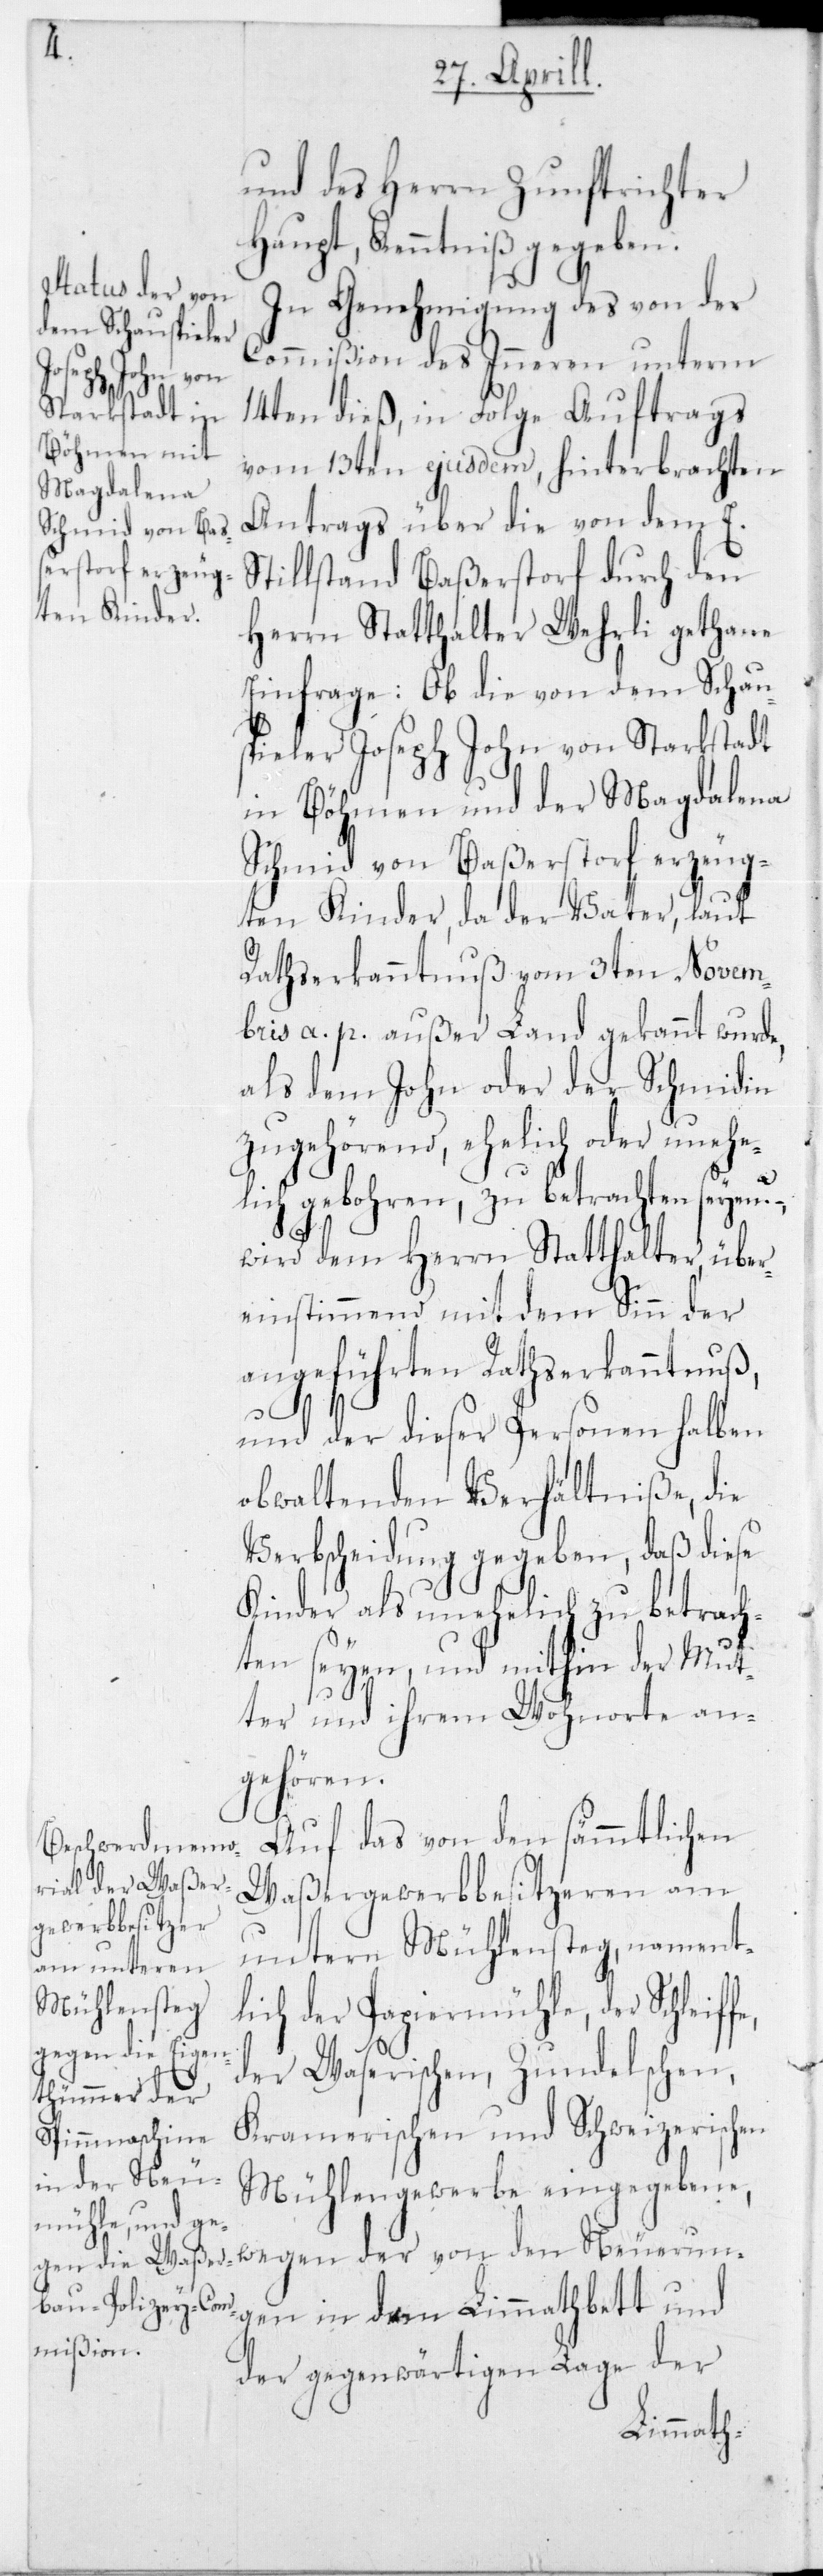
und des Herrn Zunftrichter
Haupt, Kenntniß gegeben.
In Genehmigung des von der
Commißion des Inneren unterm
14ten dieß, in Folge Auftrags
vom 13ten ejusdem, hinterbrachten
Antrags über die von dem E.
Stillstand Baßerstorf durch den
Herrn Statthalter Wehrli gethane
Einfrage: Ob die von dem Schau¬
spieler Joseph John von Starkstadt
in Böhmen und der Magdalena
Schmid von Baßerstorf erzeug¬
ten Kinder, das der Vater, laut
Rathserkanntnuß vom 3ten Novem¬
bris a. p. außer Land gekannt wurde,
als dem John oder der Schmidin
zugehörend, ehelich oder unehe¬
lich gebohren, zu betrachten seyen?
wird dem Herrn Statthalter über¬
einstimmend mit dem Sinn der
angeführten Rathserkanntnuß,
fe,
und der dieser Personen halben
obwaltenden Verhältniße, die
Verbscheidung gegeben, daß diese
Kinder als unehelich zu betrach¬
ten seyen, und mithin der Mut¬
ter und ihrem Wohnorte an¬
gehören.
Auf das von den sämmtlichen
Waßergewerbbesitzeren am
untern Mühlensteg, namentl¬
ich der Papiermühle, der Schleif¬
der Waserischen, Zundelschen,
Kramerischen und Schweizerischen
Mühlengewerbe eingegebene,
wegen der von den Neueru¬
ngen in dem Limmathbett und
der gegenwärtigen Lage der
Limmath-